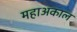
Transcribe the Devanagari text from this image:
महाअकाल